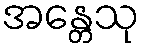
အန္တေသု